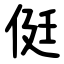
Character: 侹